Annual vaccination report of Bihar and Orissa - 1911-1928
Year: 1911
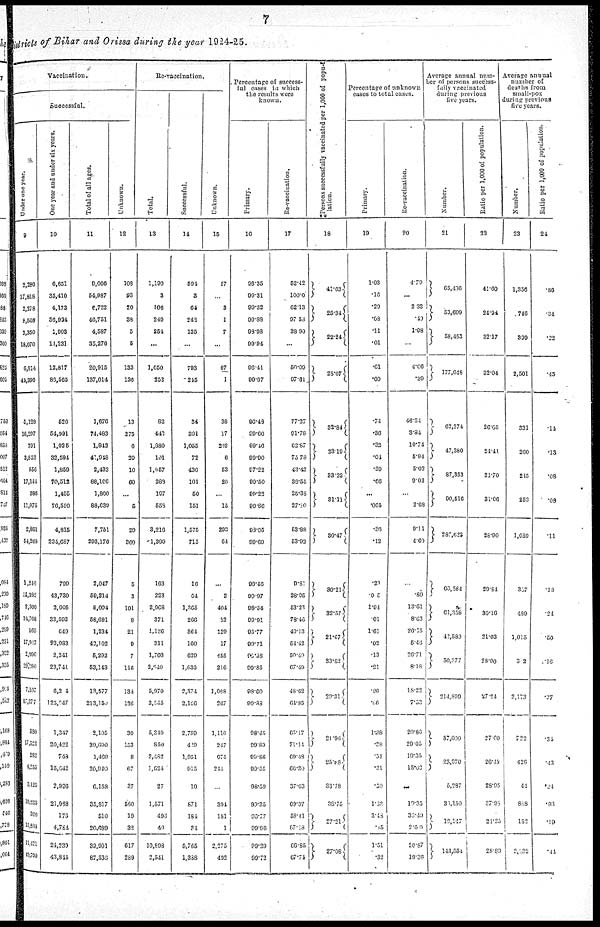
7
districts of Bihar and Orissa during the year 1924-25.
Vaccination..
Successful.
Under one year.
9
2,286
17,818
2,378
8,508
3,350
18,070
6,914
41,396
4,128
16,397
791
3,852
556
17,144
386
l1,975
2,861
54,268
1,246
15,383
2,300
24,768
565
17,917
2,996
29,280
7,107
87,377
580
17,522
282
4,255
3,125
10,239
320
15,833
11,421
40,790
One year and under six years.
10
6,651
35,410
4,173
36,934
1,993
11,231
12,817
80,565
526
54,991
1,035
32,594
1,859
70,512
1,405
76,580
4,815
234,687
799
43,730
3,605
33,593
649
93,983
2,341
23,741
6,214
125,947
1,347
20,422
718
15,642
2,996
21,968
176
4,784
24,239
43,844
Total of all ages.
11
9,606
54,987
6,722
40,751
4,587
35,276
20,915
137,014
1,670
74,483
1,842
41,918
2,433
88,166
1,800
88,639
7,751
293,170
2,047
59,214
5,004
58,691
1,234
43,102
5,292
53,143
13,577
213,150
2,105
39,690
1,469
26,999
6,158
35,817
510
20,689
39,961
87,536
Unknown.
12
108
93
20
38
5
5
133
136
13
275
6
30
10
60
...
5
20
369
5
3
101
8
21
9
7
116
134
136
30
153
8
67
37
560
19
32
617
289
Re-vaccination.
Total.
13
1,190
3
106
240
354
...
1,650
253
82
443
1,880
101
1,957
283
197
658
3,216
1,390
163
223
2,968
371
1,186
311
1,703
2,640
5,970
3,545
5,349
850
8,482
1,624
27
1,571
493
40
10,898
2,541
Successful.
14
594
3
64
242
135
...
793
245
34
391
1,055
72
436
101
50
151
1,575
715
16
64
1,365
266
364
160
629
1,636
2,374
2,126
2,750
409
1,051
915
10
871
184
34
5,765
1,388
Unknown.
15
57
...
3
1
7
...
67
1
38
17
292
6
53
26
...
15
293
64
...
2
404
52
229
17
455
216
1,088
267
1,116
247
674
244
...
304
181
1
2,275
492
Percentage of success-
ful cases in which
the results wore
known.
Primary.
16
98.35
99.31
99.32
99.88
98.98
99.94
96.41
95.67
96.49
99.60
99.46
99.90
97.22
90.50
99.23
99.86
98.05
99.69
98.46
99.07
98.84
99.91
95.77
99.71
99.38
99.85
98.60
99.83
98.45
99.89
98.86
99.55
98.59
93.35
96.77
99.96
99.39
99.72
Re-vaccination.
17
52.42
100.0
62.13
97.53
38.90
...
50.09
97.61
77.27
91.78
62.87
75.78
43.42
38.55
25.38
27.80
53.88
53.93
9.81
28.95
53.23
78.46
40.13
54.12
50.49
67.49
48.62
64.85
65.17
71.14
96.48
66.30
37.63
69.07
58.41
87.18
66.85
67.74
Persons successfully vaccinated per 1,000 of popu¬
lation.
18
41.63
25.34
22.24
28.67
32.84
23.19
33.32
31.11
30.47
30.21
32.57
21.67
83.82
29.31
21.96
25.88
33.78
38.75
27.21
27.08
Percentage of unknown
cases to total casus.
Primary.
19
1.03
.16
.29
.08
.11
.01
.61
.09
.74
.36
.32
.04
.39
.66
...
.005
.36
.12
.23
.015
1.94
.01
l.61
.02
.13
.21
.96
.66
1.38
.38
.34
.31
.59
1.53
3.48
.15
1.51
.32
Re-vaccination.
20
4.79
...
2.83
.40
1.98
...
4.06
.39
46.34
3.34
10.74
5.94
5.02
9.02
...
2.68
9.11
4.69
...
.89
13.61
8.63
20.15
5.46
26.71
8.18
18.22
7.53
20.86
29.05
19.35
15.62
...
19.35
36.49
2.59
20.87
19.36
Average annual num¬
ber of persons success¬
fully vaccinated
during previous
five years.
Number.
21
65,496
53,699
58,453
177,648
62,374
47,380
87,353
90,516
287,623
60,584
61,358
42,580
50,377
214,899
57,000
25,970
5,287
31,150
19,147
143,554
Ratio per 1,000 of population.
22
41.60
24.94
32.17
32.04
26.65
21.41
31.70
31.66
28.90
29.84
30.16
21.03
28.00
27.24
27.60
26.48
28.95
37.98
21.25
28.89
Average annual
number of
deaths from
small-pox
during previous
five years.
Number.
23
1,356
746
399
2,501
331
260
245
253
1,089
367
489
1,015
312
2,173
722
426
44
888
152
2,332
Ratio per 1,000 of population.
24
.86
.34
.22
.45
.14
.13
.08
.08
.11
.18
.24
.50
1.16
.27
.34
.43
.24
.93
.19
.44